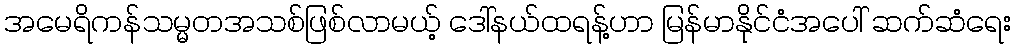
အမေရိကန်သမ္မတအသစ်ဖြစ်လာမယ့် ဒေါ်နယ်ထရန့်ဟာ မြန်မာနိုင်ငံအပေါ် ဆက်ဆံရေး